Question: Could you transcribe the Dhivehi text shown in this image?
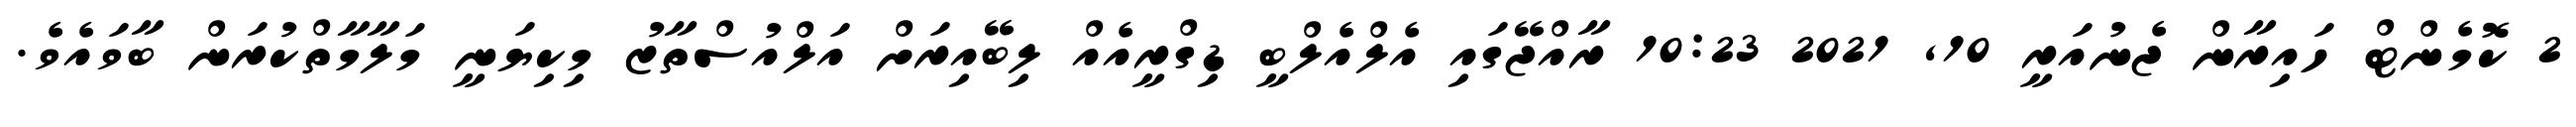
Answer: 2 ކޮމެންޓް ހައިރާން ޖެނުއަރީ 10, 2021 10:23 ރާއްޖޭގައި އެލްއެލްބީ ޑިގްރީއެއް ލިބޭއިރަށް އަލްއުސްތާޒު މިކިޔަނީ މަލާމާތްކުރަން ބާވައެވެ.